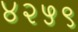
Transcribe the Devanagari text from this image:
४२५९